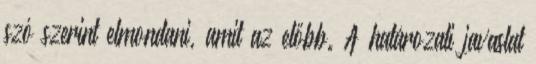
szó szerint elmondani, amit az előbb. A határozati javaslat